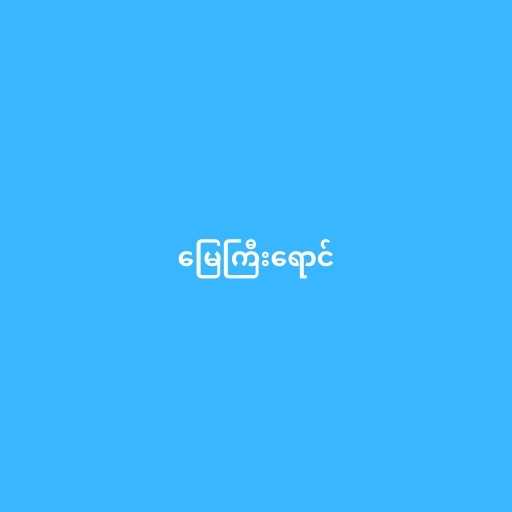
မြေကြီးရောင်